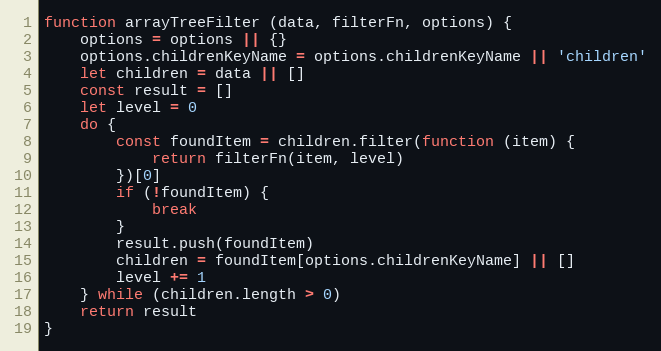
Language: JavaScript
function arrayTreeFilter (data, filterFn, options) {
    options = options || {}
    options.childrenKeyName = options.childrenKeyName || 'children'
    let children = data || []
    const result = []
    let level = 0
    do {
        const foundItem = children.filter(function (item) {
            return filterFn(item, level)
        })[0]
        if (!foundItem) {
            break
        }
        result.push(foundItem)
        children = foundItem[options.childrenKeyName] || []
        level += 1
    } while (children.length > 0)
    return result
}